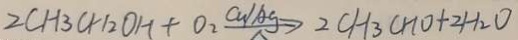
2 C H _ { 3 } C H _ { 2 } O H + O _ { 2 } \xrightarrow [ \Delta ] { C u / A g } 2 C H _ { 3 } C H O + 2 H _ { 2 } O